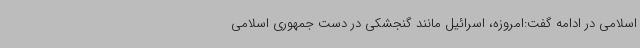
اسلامی در ادامه گفت:امروزه، اسرائیل مانند گنجشکی در دست جمهوری اسلامی